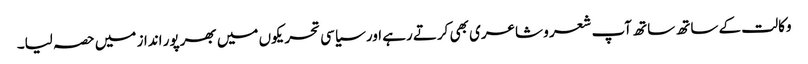
وکالت کے ساتھ ساتھ آپ شعر و شاعری بھی کرتے رہے اور سیاسی تحریکوں میں بھرپور انداز میں حصہ لیا۔